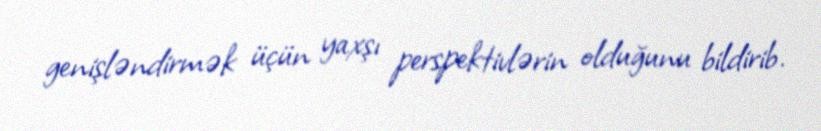
genişləndirmək üçün yaxşı perspektivlərin olduğunu bildirib.